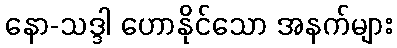
နော-သဒ္ဒါ ဟောနိုင်သော အနက်များ